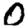
Digit: 0